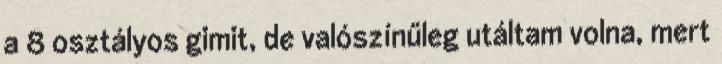
a 8 osztályos gimit, de valószínűleg utáltam volna, mert